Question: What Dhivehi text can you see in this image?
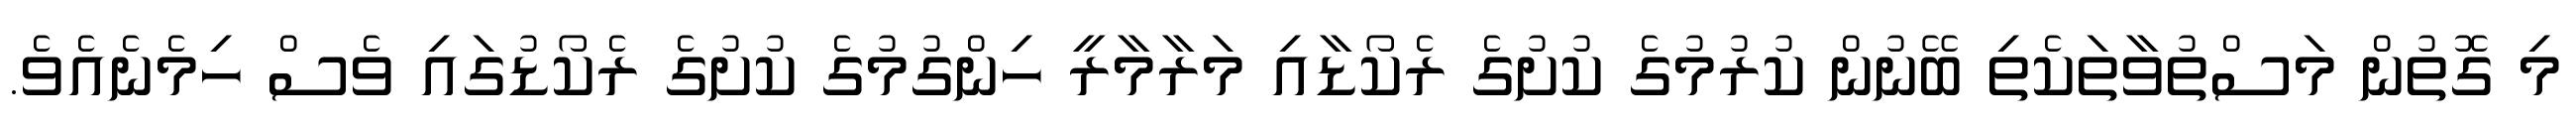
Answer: މި ގޮތުން މަސްތުވާތަކެތި ބޭނުން ކުރުމުގެ ކުށުގެ ރެކޯޑާއި މަރާމާރީ ހިންގުމުގެ ކުށުގެ ރެކޯޑުގައި ވެސް ހިމެނެއެވެ.